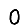
Digit: 0